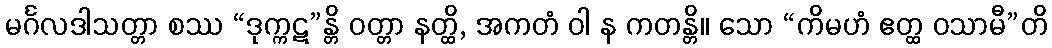
မင်္ဂလဒါသတ္တာ စဿ “ဒုက္ကဋ”န္တိ ဝတ္တာ နတ္ထိ, အကတံ ဝါ န ကတန္တိ။ သော “ကိမဟံ ဧတ္ထ ဝသာမီ”တိ